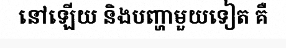
នៅឡើយ និងបញ្ហាមួយទៀត គឺ